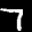
Label: 7